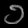
Digit: ၁